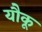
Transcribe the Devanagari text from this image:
यौकू